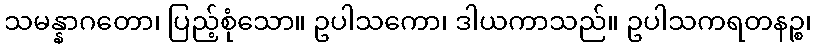
သမန္နာဂတော၊ ပြည့်စုံသော။ ဥပါသကော၊ ဒါယကာသည်။ ဥပါသကရတနဉ္စ၊